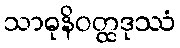
သာဓုနိဝတ္ထဒုဿံ